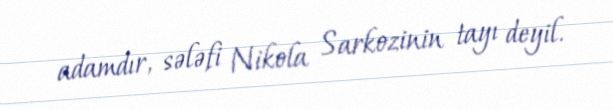
adamdır, sələfi Nikola Sarkozinin tayı deyil.